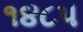
૧૪૮૫